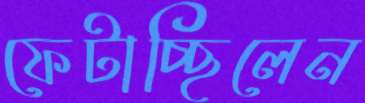
ফেটাচ্ছিলেন